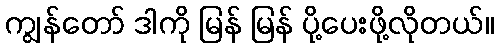
ကျွန်တော် ဒါကို မြန် မြန် ပို့ပေးဖို့လိုတယ်။